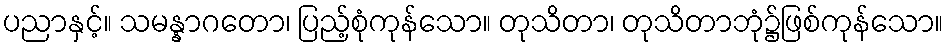
ပညာနှင့်။ သမန္နာဂတော၊ ပြည့်စုံကုန်သော။ တုသိတာ၊ တုသိတာဘုံ၌ဖြစ်ကုန်သော။